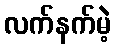
လက်နက်မဲ့